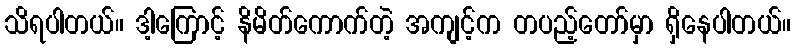
သိရပါတယ်။ ဒါ့ကြောင့် နိမိတ်ကောက်တဲ့ အကျင့်က တပည့်တော်မှာ ရှိနေပါတယ်။